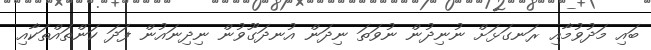
ބައި މަދުވުމާއި ރަނގަޅަށް ނުނިދުން ނުވަތަ ނިދަން އުނދަގޫވުން ނިދިނައުން ފަދަ ކަންތައްތަކާއި